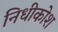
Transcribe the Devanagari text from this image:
निधीकोश